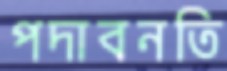
পদাবনতি